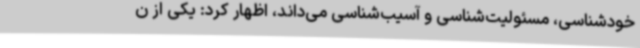
خودشناسی، مسئولیت‌شناسی و آسیب‌شناسی می‌داند، اظهار کرد: یکی از ن